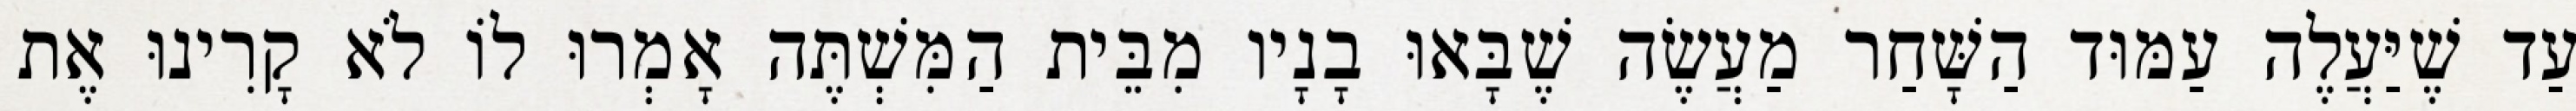
עַד שֶׁיַּעֲלֶה עַמּוּד הַשָּׁחַר מַעֲשֶׂה שֶׁבָּאוּ בָנָיו מִבֵּית הַמִּשְׁתֶּה אָמְרוּ לוֹ לֹא קָרִינוּ אֶת